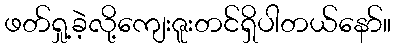
ဖတ်ရှု့ခဲ့လို့ကျေးဇူးတင်ရှိပါတယ်နော်။